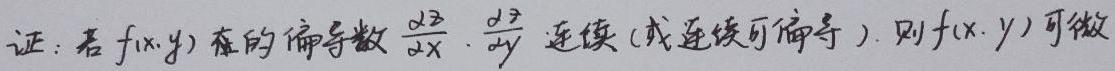
证：若$f(x,y)$在的偏导数$\frac{\partial z}{\partial x},\frac{\partial z}{\partial y}$连续（或连续可偏导），则$f(x,y)$可微.